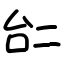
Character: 𠄩